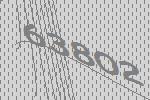
63802